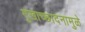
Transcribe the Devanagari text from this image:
मुखाच्छादनामुळे